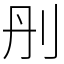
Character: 刐